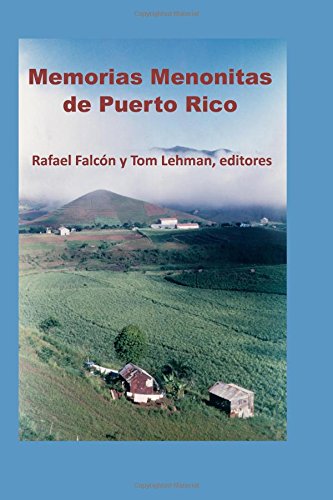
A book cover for Memorias Menonitas de Puerto Rico (ColecciÃ³n Menohispana) (Volume 4) (Spanish Edition); Varios; Christian Books & Bibles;